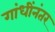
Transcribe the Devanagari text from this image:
गांधींनंतर